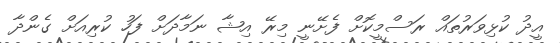
އީދު ކުޅިވަރުތައް ރަސްމީކޮށް ފެށޭނީ މިރޭ އިޝާ ނަމާދަށް ފަހު ކުރިއަށް ގެންދާ